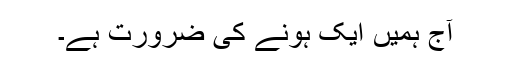
آج ہمیں ایک ہونے کی ضرورت ہے۔